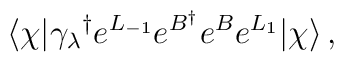
\langle\chi|{\gamma_\lambda}^\dagger e^{L_{-1}}e^{B^\dagger}e^Be^{L_1}|\chi\rangle\,,